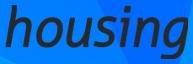
housing